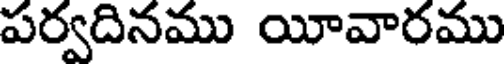
పర్వదినము యీవారము